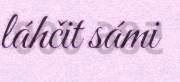
láhčit sámi